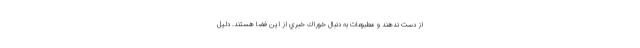
از دست ندهند و مطبوعات به دنبال خوراك خبري از اين فضا هستند. دليل